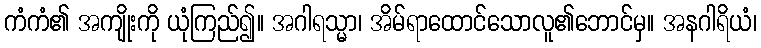
ကံကံ၏ အကျိုးကို ယုံကြည်၍။ အဂါရသ္မာ၊ အိမ်ရာထောင်သောလူ၏ဘောင်မှ။ အနဂါရိယံ၊